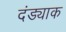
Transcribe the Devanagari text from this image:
दंड्याक